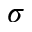
\sigma